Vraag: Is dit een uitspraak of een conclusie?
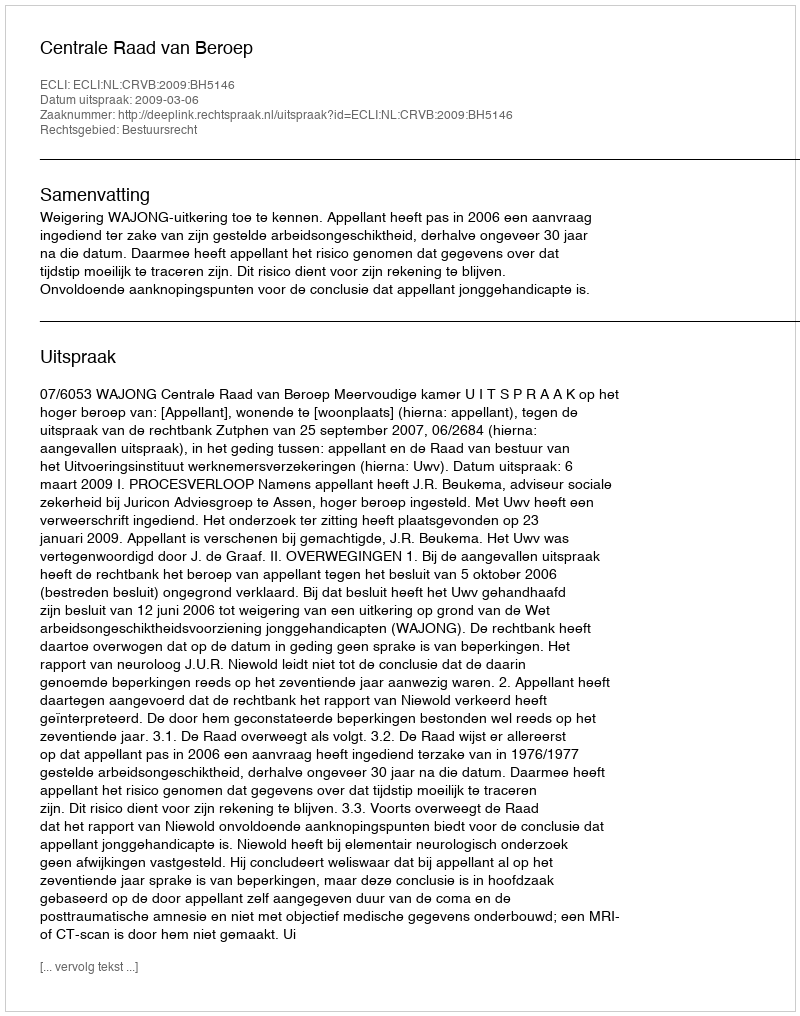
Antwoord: Uitspraak